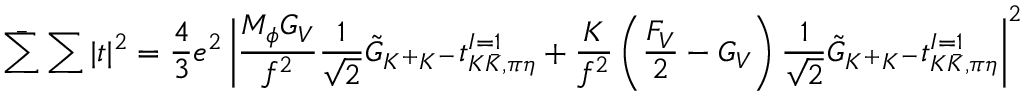
\bar { \sum } \sum | t | ^ { 2 } = \frac { 4 } { 3 } e ^ { 2 } \left| \frac { M _ { \phi } G _ { V } } { f ^ { 2 } } \frac { 1 } { \sqrt { 2 } } \tilde { G } _ { K ^ { + } K ^ { - } } t _ { K \bar { K } , \pi \eta } ^ { I = 1 } + \frac { K } { f ^ { 2 } } \left( \frac { F _ { V } } { 2 } - G _ { V } \right) \frac { 1 } { \sqrt { 2 } } \tilde { G } _ { K ^ { + } K ^ { - } } t _ { K \bar { K } , \pi \eta } ^ { I = 1 } \right| ^ { 2 }